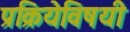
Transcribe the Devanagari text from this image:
प्रक्रियेविषयी